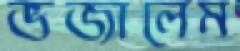
ভজালেম